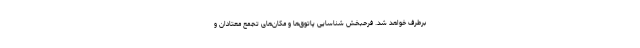
برطرف خواهد شد. فرحبخش شناسایی پاتوق‌ها و مکان‌های تجمع معتادان و